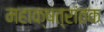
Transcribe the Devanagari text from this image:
महाक्षत्रांतक